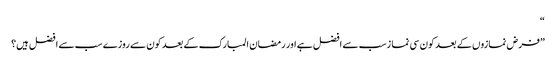
“
”فرض نمازوں کے بعد کون سی نما زسب سے افضل ہے اور رمضان المبارک کے بعد کون سے روزے سب سے افضل ہیں؟